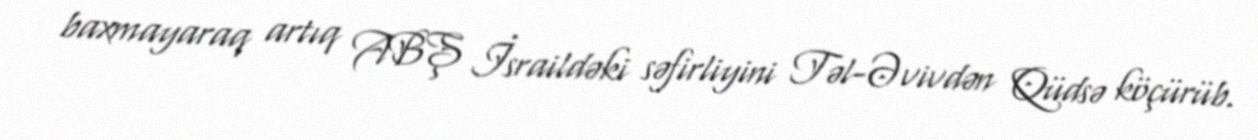
baxmayaraq artıq ABŞ İsraildəki səfirliyini Təl-Əvivdən Qüdsə köçürüb.